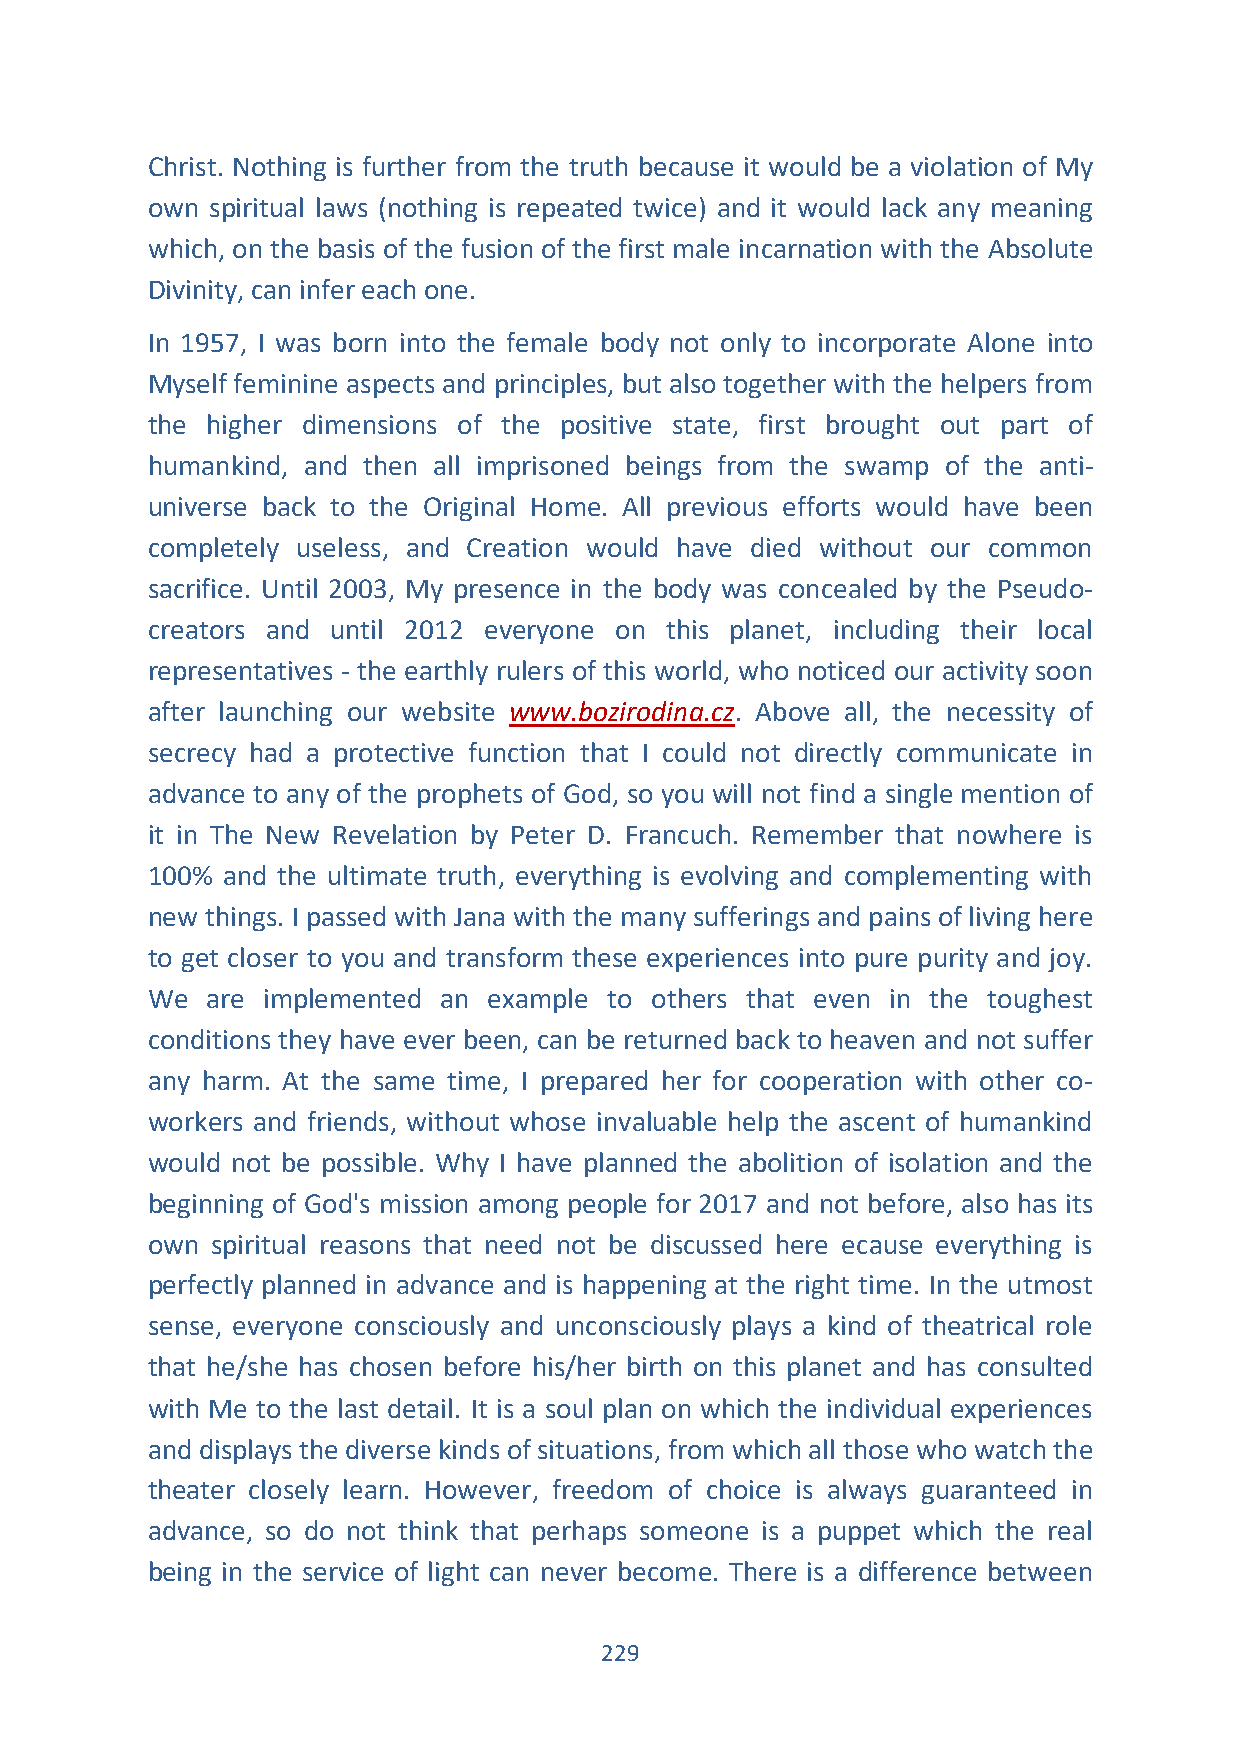
Christ. Nothing is further from the truth because it would be a violation of My
 own spiritual laws (nothing is repeated twice) and it would lack any meaning
 which, on the basis of the fusion of the first male incarnation with the Absolute
 Divinity, can infer each one.
 In 1957, I was born into the female body not only to incorporate Alone into
 Myself feminine aspects and principles, but also together with the helpers from
 the higher dimensions of the positive state, first brought out part of
 humankind, and then all imprisoned beings from the swamp of the anti-
 universe back to the Original Home. All previous efforts would have been
 completely useless, and Creation would have died without our common
 sacrifice. Until 2003, My presence in the body was concealed by the Pseudo-
 creators and until 2012 everyone on this planet, including their local
 representatives - the earthly rulers of this world, who noticed our activity soon
 after launching our website www.bozirodina.cz. Above all, the necessity of
 secrecy had a protective function that I could not directly communicate in
 advance to any of the prophets of God, so you will not find a single mention of
 it in The New Revelation by Peter D. Francuch. Remember that nowhere is
 100% and the ultimate truth, everything is evolving and complementing with
 new things. I passed with Jana with the many sufferings and pains of living here
 to get closer to you and transform these experiences into pure purity and joy.
 We  are implemented an example to others that even in the toughest
 conditions they have ever been, can be returned back to heaven and not suffer
 any harm. At the same time, I prepared her for cooperation with other co-
 workers and friends, without whose invaluable help the ascent of humankind
 would not be possible. Why I have planned the abolition of isolation and the
 beginning of God's mission among people for 2017 and not before, also has its
 own spiritual reasons that need not be discussed here ecause everything is
 perfectly planned in advance and is happening at the right time. In the utmost
 sense, everyone consciously and unconsciously plays a kind of theatrical role
 that he/she has chosen before his/her birth on this planet and has consulted
 with Me to the last detail. It is a soul plan on which the individual experiences
 and displays the diverse kinds of situations, from which all those who watch the
 theater closely learn. However, freedom of choice is always guaranteed in
 advance, so do not think that perhaps someone is a puppet which the real
 being in the service of light can never become. There is a difference between
 229